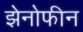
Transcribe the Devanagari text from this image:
झेनोफीन